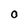
Character: O